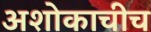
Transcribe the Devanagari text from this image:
अशोकाचीच